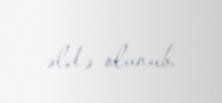
əldə olunub.